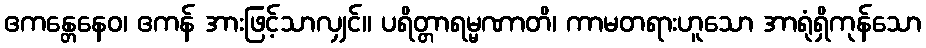
ဧကန္တေနေဝ၊ ဧကန် အားဖြင့်သာလျှင်။ ပရိတ္တာရမ္မဏာတိ၊ ကာမတရားဟူသော အာရုံရှိကုန်သော